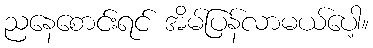
ညနေစောင်းရင် အိမ်ပြန်လာမယ်ပေါ့။